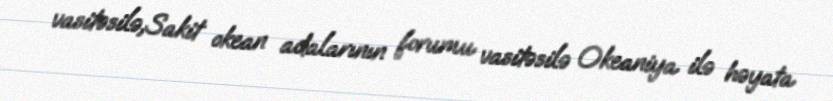
vasitəsilə,Sakit okean adalarının forumu vasitəsilə Okeaniya ilə həyata